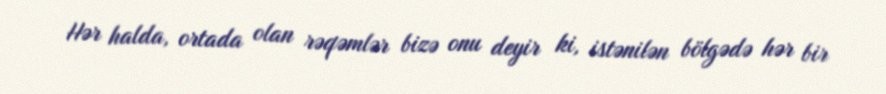
Hər halda, ortada olan rəqəmlər bizə onu deyir ki, istənilən bölgədə hər bir